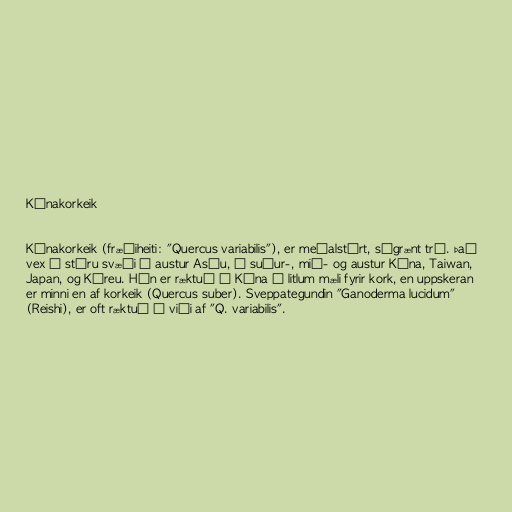
Kínakorkeik

Kínakorkeik (fræðiheiti: "Quercus variabilis"), er meðalstórt, sígrænt tré. Það
vex á stóru svæði í austur Asíu, í suður-, mið- og austur Kína, Taiwan,
Japan, og Kóreu. Hún er ræktuð í Kína í litlum mæli fyrir kork, en uppskeran
er minni en af korkeik (Quercus suber). Sveppategundin "Ganoderma lucidum"
(Reishi), er oft ræktuð á viði af "Q. variabilis".